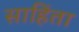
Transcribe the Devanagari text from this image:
साहिंता